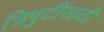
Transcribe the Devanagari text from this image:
त्रिपुटींसाठी